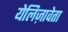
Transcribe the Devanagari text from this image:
येलिज़ावेता